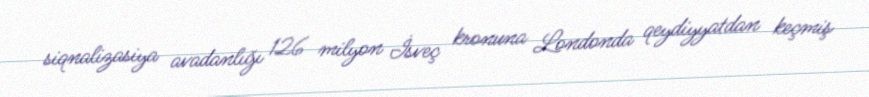
siqnalizasiya avadanlığı 126 milyon İsveç kronuna Londonda qeydiyyatdan keçmiş